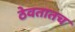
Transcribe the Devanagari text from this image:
ठेवतातच